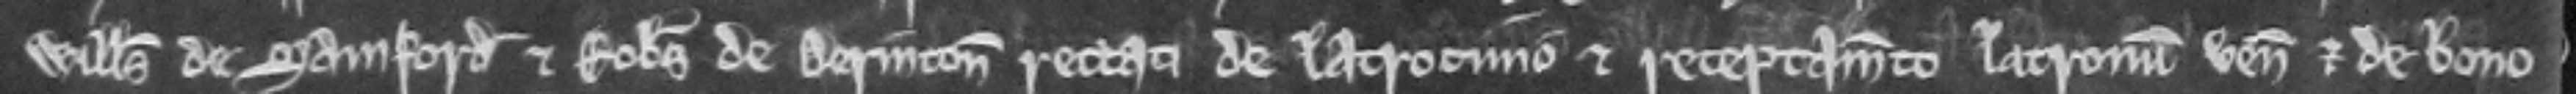
Willelmus de Samford et Robertus de Derinton rettati de latrocinio et receptamento latronum venerunt et de bono